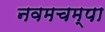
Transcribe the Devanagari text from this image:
नवमचम्पा